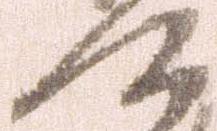
て